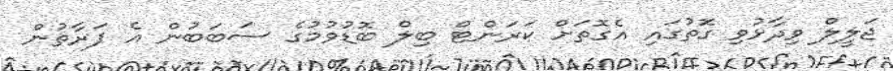
ޖަލީލް ވިދާޅުވި ގޮތުގައި އެގޮތަށް ކަރަންޓް ބިލް ބޮޑުވުމުގެ ސަބަބުން އެ ފަރާތުން